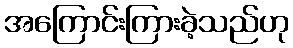
အကြောင်းကြားခဲ့သည်ဟု